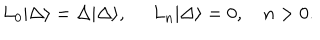
L _ { 0 } | \Delta \rangle = \Delta | \Delta \rangle , \, \, \, \, \, \, \, \, L _ { n } | \Delta \rangle = 0 , \, \, \, \, \, \, n > 0 .